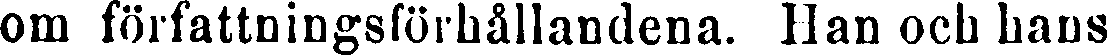
om författningsförhållandena. Han och hans